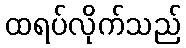
ထရပ်လိုက်သည်